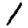
Digit: 1